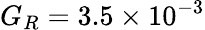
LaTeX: G_{R}=3.5\times 10^{-3}